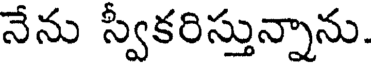
నేను స్వీకరిస్తున్నాను.